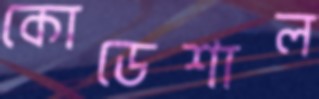
কোডেশাল